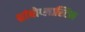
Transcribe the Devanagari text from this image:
थ्रांबोप्लास्टिन